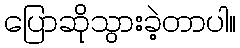
ပြောဆိုသွားခဲ့တာပါ။